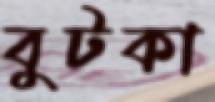
বুটকা